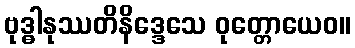
ဗုဒ္ဓါနုဿတိနိဒ္ဒေသေ ဝုတ္တောယေဝ။